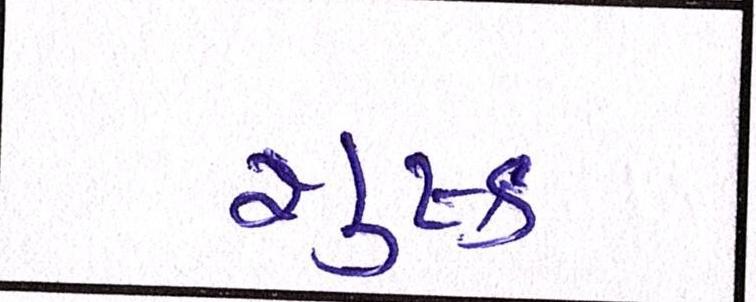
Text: શુષ્ક